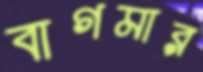
বাগমার